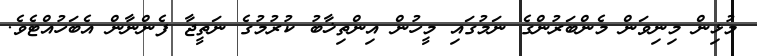
މުޅިން މިނިވަން މެންބަރުންގެ ނަމުގައި މީހުން އިންތިޚާބު ކުރުމުގެ ނަތީޖާ ފެންނާން އެބަހުއްޓެވެ.